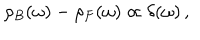
\rho _ { B } ( \omega ) - \rho _ { F } ( \omega ) \propto \delta ( \omega ) \, ,